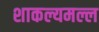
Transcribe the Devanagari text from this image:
शाकल्यमल्ल